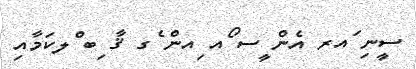
ސީނި ައރ އެން ީސ ޯއ ިއން ެގ ޤާ ިބ ްލކަމާއި